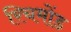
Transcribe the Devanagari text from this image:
रिचमोंड